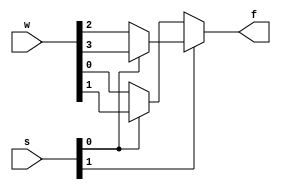
module mux4to1(w,s,f);
input [3:0]w;
input [1:0]s;
output f;
assign f=s[1]?(s[0]?w[3]:w[2]):(s[0]?w[1]:w[0]);
endmodule

module mux16to1(w,s,f);
input [15:0]w;
input [3:0]s;
output f;
wire [3:0]i;
mux4to1 stg0(w[3:0],s[1:0],i[0]);
mux4to1 stg1(w[7:4],s[1:0],i[1]);
mux4to1 stg2(w[11:8],s[1:0],i[2]);
mux4to1 stg3(w[15:12],s[1:0],i[3]);
mux4to1 stg4(i[3:0],s[3:2],f);
endmodule